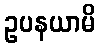
ဥပနယာမိ